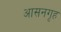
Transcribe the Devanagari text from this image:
आसनगृह